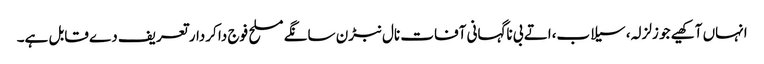
انہاں آکھیے جو زلزلہ، سیلاب،اتے بی ناگہانی آفات نال نبڑن سانگے مسلح فوج دا کردار تعریف دے قابل ہے۔